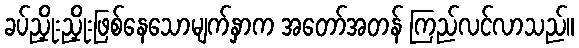
ခပ်ညှိုးညှိုးဖြစ်နေသောမျက်နှာက အတော်အတန် ကြည်လင်လာသည်။